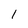
Character: 1